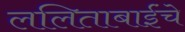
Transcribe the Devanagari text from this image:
ललिताबाईंचे